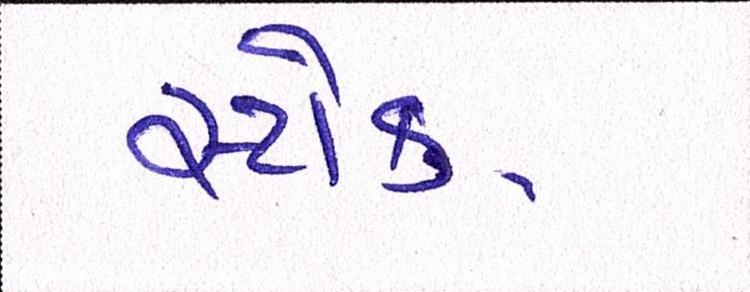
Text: સ્ટોક